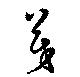
茂